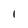
Character: 1